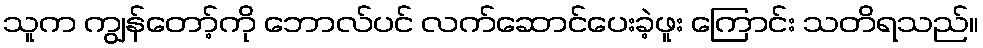
သူက ကျွန်တော့်ကို ဘောလ်ပင် လက်ဆောင်ပေးခဲ့ဖူး ကြောင်း သတိရသည်။